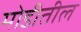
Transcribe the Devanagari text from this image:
मोडीतील